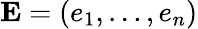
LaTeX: \mathbf{E}=(e_{1},\dots,e_{n})